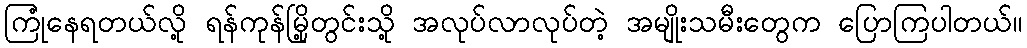
ကြုံနေရတယ်လို့ ရန်ကုန်မြို့တွင်းသို့ အလုပ်လာလုပ်တဲ့ အမျိုးသမီးတွေက ပြောကြပါတယ်။